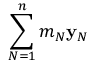
\sum _ { N = 1 } ^ { n } m _ { N } { \bf y } _ { N }